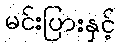
မင်းပြားနှင့်